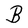
Character: B